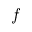
f